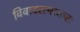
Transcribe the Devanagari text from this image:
विवादरत्नाकरः